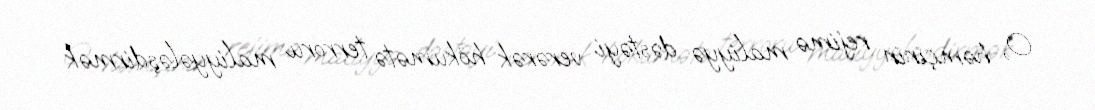
O, həmçinin rejimə maliyyə dəstəyi verərək hökumətə terroru maliyyələşdirmək